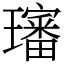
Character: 𤪺